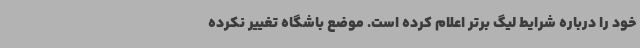
خود را درباره شرایط لیگ برتر اعلام کرده است. موضع باشگاه تغییر نکرده